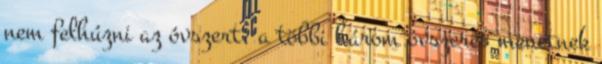
nem felhúzni az óvszert, a többi három óvszeres menetnek